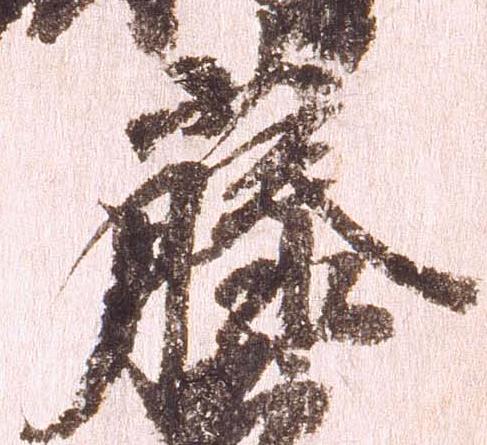
藤